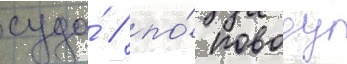
суда́ / по́ поводу